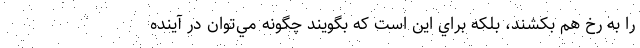
را به رخ هم بكشند، بلكه براي اين است كه بگويند چگونه مي‌توان در آينده